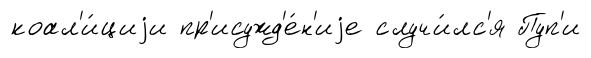
коал'и́циjи пр'исужд'е́н'иjе случи́лс'я Пуп'и